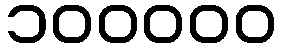
၁၀၀၀၀၀